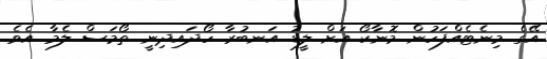
އޭގެ މިނެޓެއްފަހުން މޮނާކޯ އަށް ލީޑު އަނބުރާ ހޯދައިދިނީ ތޯމަސް ލެމާ އެވެ.